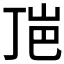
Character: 𰎕